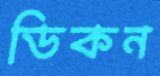
ডিকন